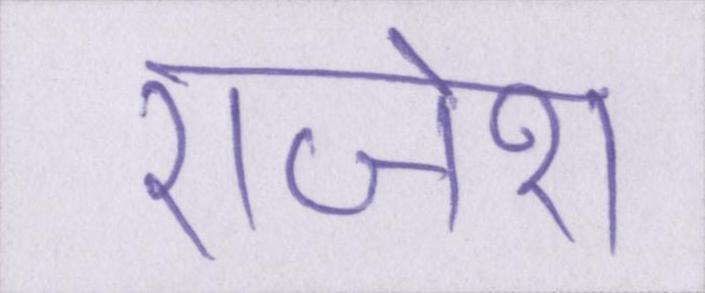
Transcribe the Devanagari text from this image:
राजेश